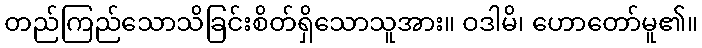
တည်ကြည်သောသိခြင်းစိတ်ရှိသောသူအား။ ဝဒါမိ၊ ဟောတော်မူ၏။